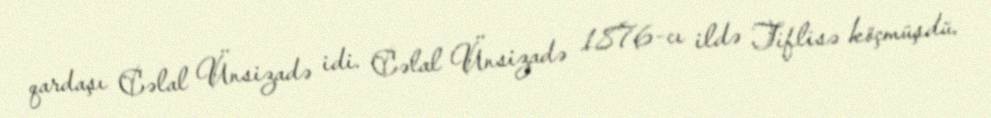
qardaşı Cəlal Ünsizadə idi. Cəlal Ünsizadə 1876-cı ildə Tiflisə köçmüşdü.